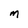
Character: M